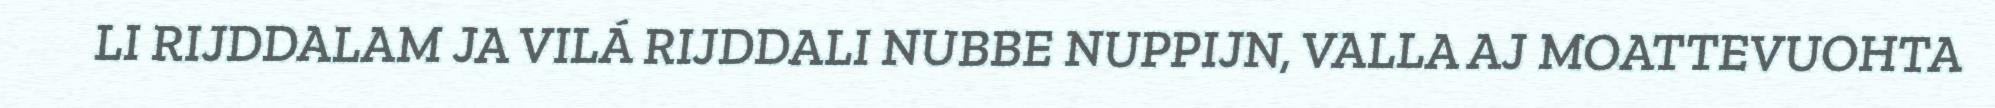
LI RIJDDALAM JA VILÁ RIJDDALI NUBBE NUPPIJN, VALLA AJ MOATTEVUOHTA